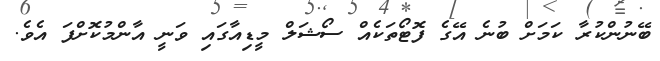
ބޭނުންކުރާ ކަމަށް ބުނެ އޭގެ ފޮޓޯތަކެއް ސޯޝަލް މީޑިއާގައި ވަނީ އާންމުކޮށްފަ އެވެ.